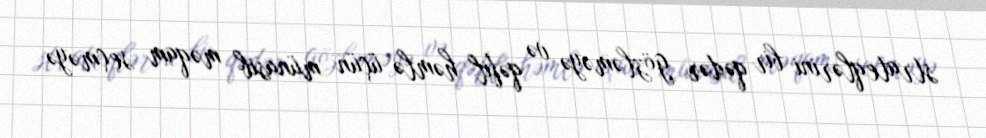
strateqlərini bir qədər gözləməyə və qəfil həmlə üçün münasib məqam seçməyə